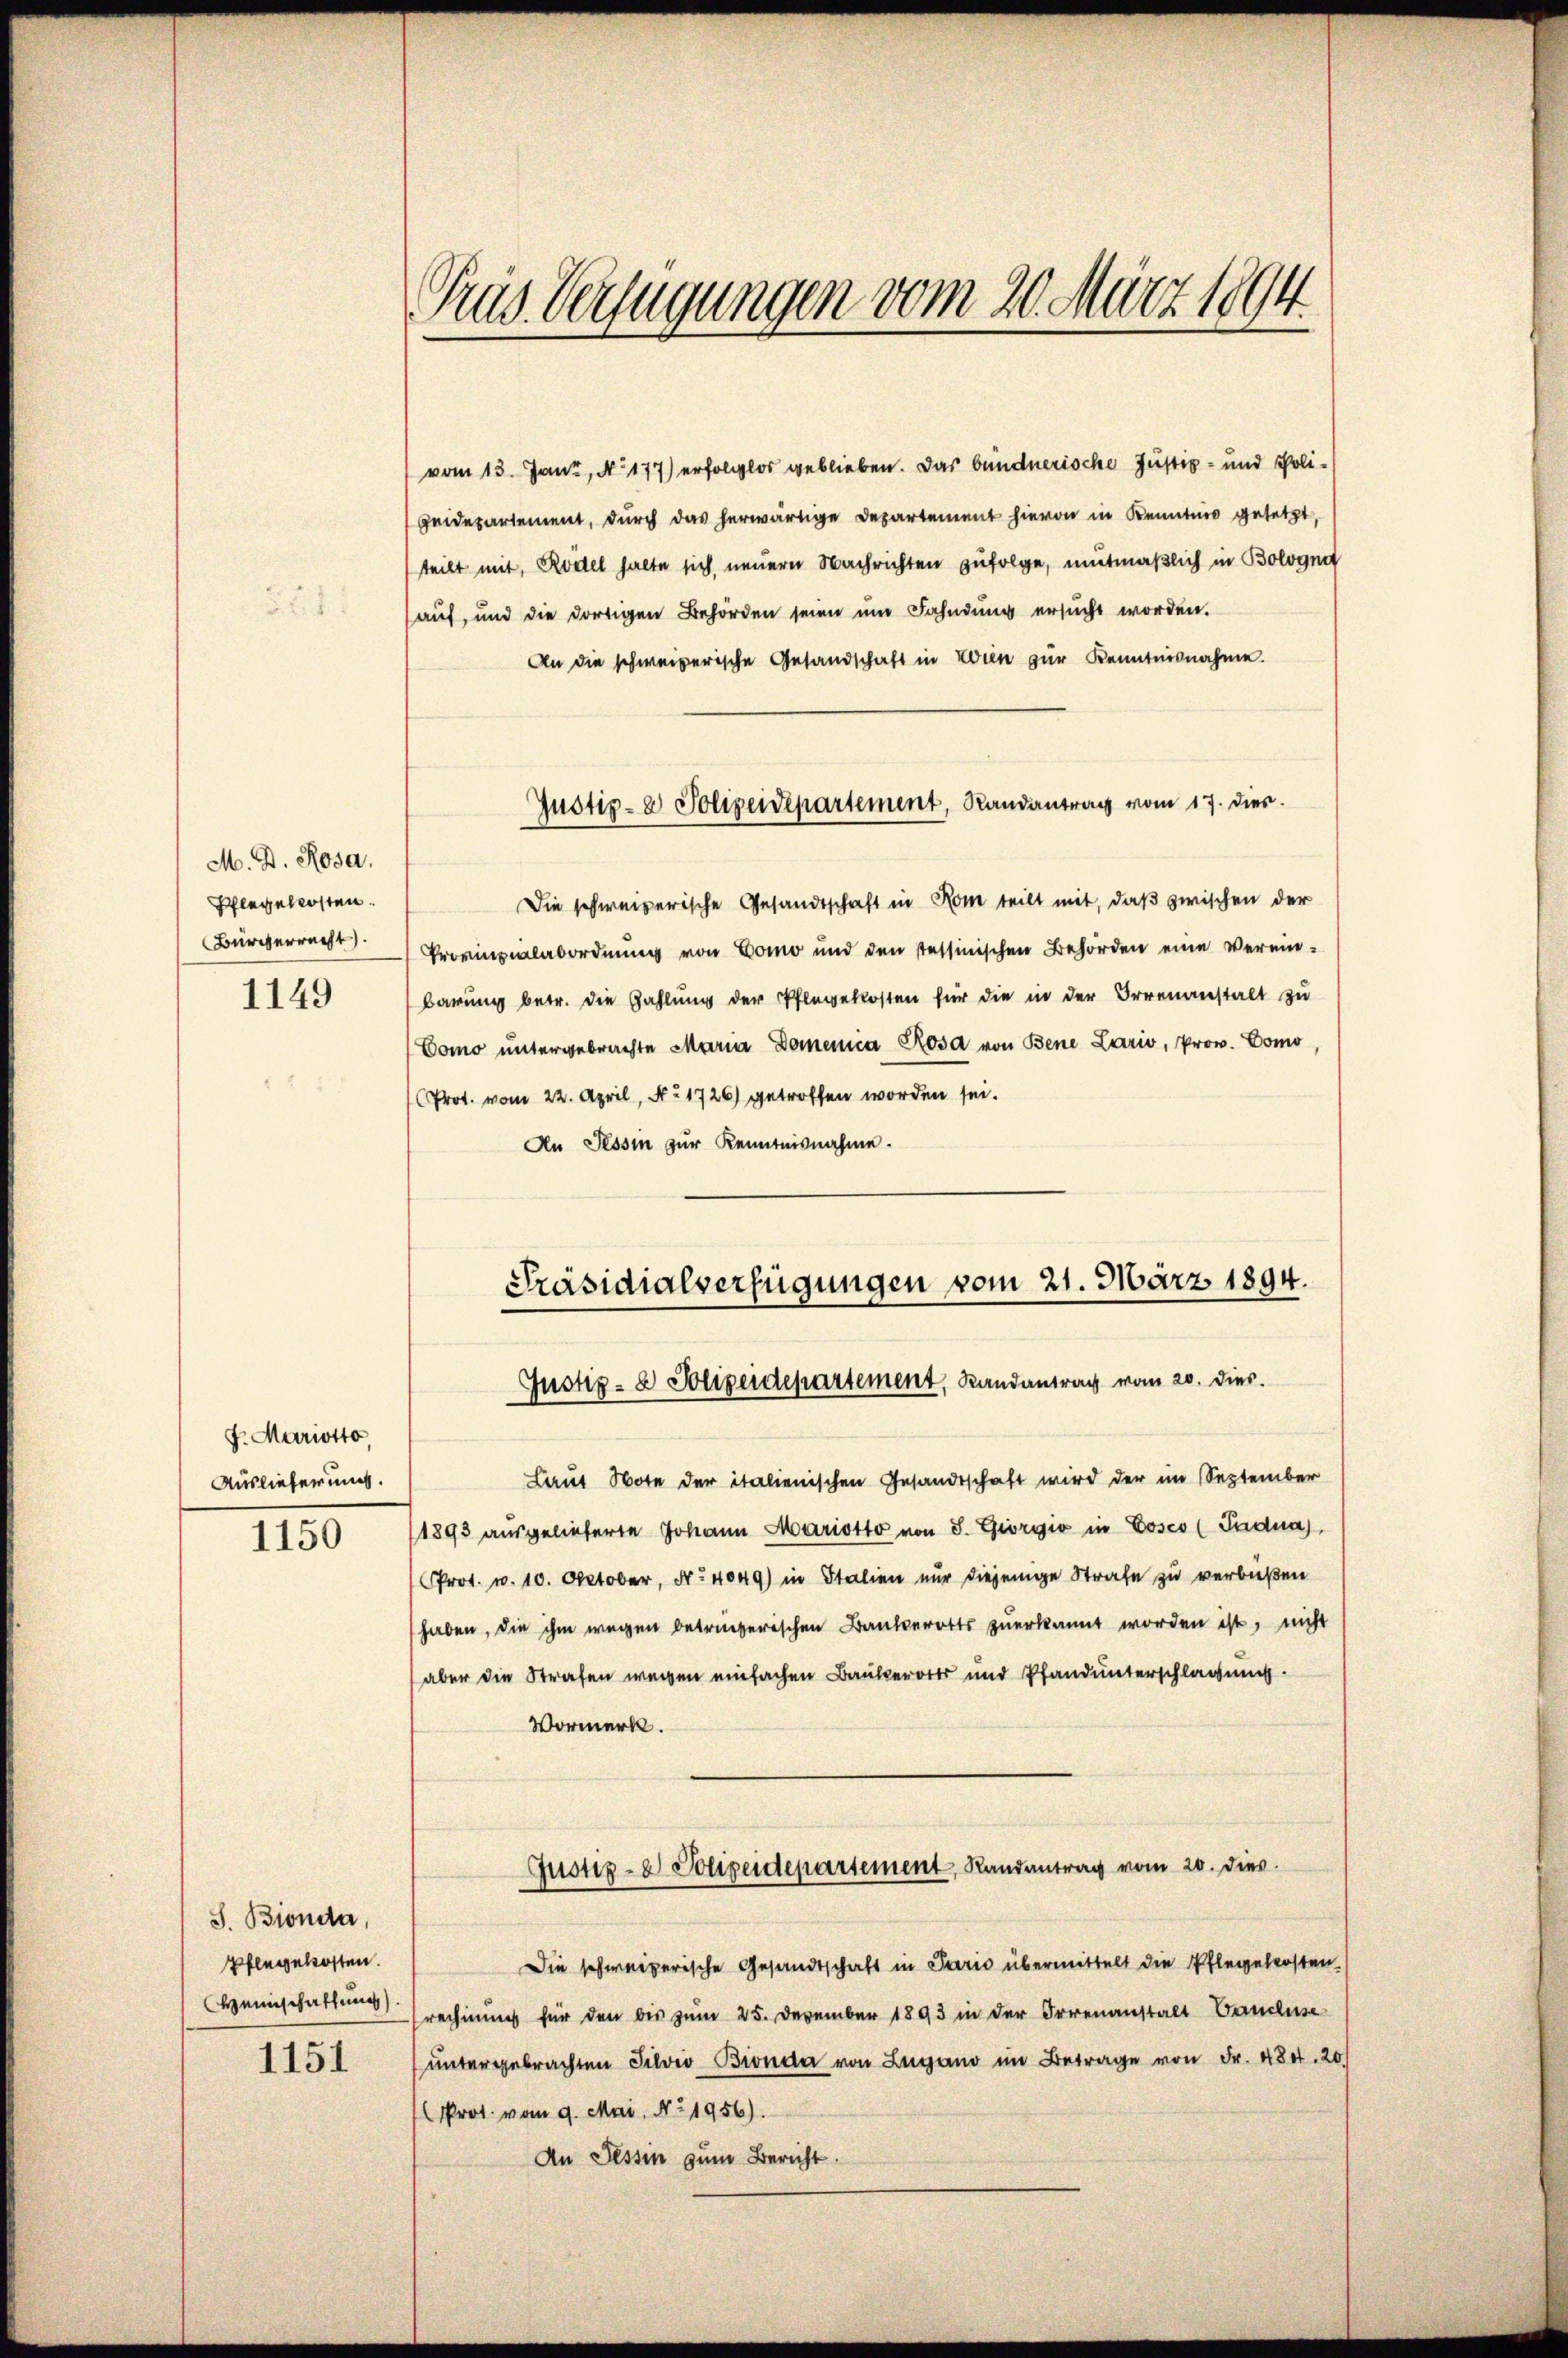
M. D. Rosa,
Pflegeleisten.
Bürgerrecht.

1149

F. Mariotto,
Auslieferung.

1150

S. Bionda,
Pflegekosten.

1151

Tras Verfügungen vom 20. März 1894

(vom 13. Jani, No 177) erfolglos geblieben. Das bündnerische Justiz- und Poli¬
Geidepartement, durch das herwärtige Departement hievon in Kenntnis gesetzt,
teilt mit, Rottel halte sich neuern Nachrichten zufolge, mutmaßlich in Bologna
auf, und die dortigen Behörden seien um Fahndung ersŭcht worden.
An die schweizerische Gesandschaft in Wien zur Kenntnisnahme.
Die schweizerische Gesandtschaft in Rom teilt mit, daß zwischen der
Provinzialabordnung von Como und den tessinischen Behörden eine verein-
barung betr. die Zahlung der Pflegekosten für die in der Irrenanstalt zu
Como untergebrachte Maria Domenia Rosa von Bene Lario, Prov. Como
Prot. vom 22. April, No. 1726) getroffen worden sei.
An Tessin zŭr Kenntnisnahme.
Präsidialverfügungen vom 21. März 1894.
Justiz- & Polizeidepartement, Randantrag vom 20. dies
Laut Note der italienischen Gesandtschaft wird der im September
1893 ausgelieferte Johann Marietto von S. Giorgio in Cosco (Padna),
PProt. v. 10. Oktober, Nr. 4049) in Italien nur diejenige Strafe zu verbüßen
haben, die ihm wegen betreizerischen Bankerotts zuerkannt worden ist, nicht
aber die Strafen wegen einfachen Baukerorts und Pfandunterschlagung.
Vormerk.
Gustiz- & Polizeidepartement, Randantrag vom 20. dies
Die schweizerische Gesandtschaft in Paris übermittelt die Pflegebersten-
Heimschaffung rechnung für den bis zum 25. Dezember 1893 in der Ortenanstalt Concluse
untergebrachten Silvis Bronda von Lugano im Betrage von Fr. 484. 20
Prot. vom 9. Mai, No. 1956).
An Tessin zum Bericht.

Justiz- & Polizeidepartement, Randantrag vom 17. dies.